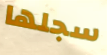
سجلها